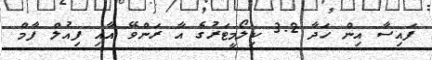
ފައިސާ އިން ހަދާ 3.2 ކިލޯމީޓަރުގެ އާ ރަންވޭ އާއި ފިއުލް ފާމް